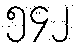
၅၄၂